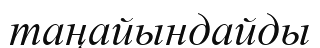
таңайындайды